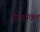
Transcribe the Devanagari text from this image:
देऊशक्त